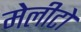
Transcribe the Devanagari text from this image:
मेलीटो